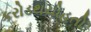
કરોડથયોહતો